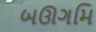
બઊગમિ